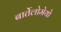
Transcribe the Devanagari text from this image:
बार्तेलोमेयो